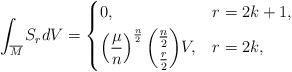
LaTeX: \begin{align*} \int_{\overline{M}}S_{r}dV=\begin{dcases}0, & r=2k+1, \\\left(\frac{\mu}{n}\right)^{\frac{n}{2}}\dbinom{\frac{n}{2}}{\frac{r}{2}}V, & r=2k,\end{dcases} \end{align*}